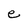
Character: e